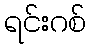
ရင်းဂစ်